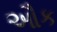
ઔક